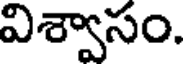
విశ్వాసం.